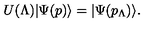
U ( \Lambda ) | \Psi ( p ) \rangle = | \Psi ( p _ { \Lambda } ) \rangle .